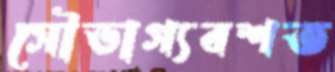
সৌভাগ্যবশত